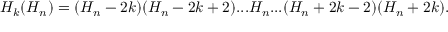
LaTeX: { \cal H } _ { k } ( H _ { n } ) = ( H _ { n } - 2 k ) ( H _ { n } - 2 k + 2 ) . . . H _ { n } . . . ( H _ { n } + 2 k - 2 ) ( H _ { n } + 2 k ) .